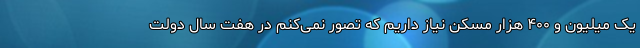
یک میلیون و ۴۰۰ هزار مسکن نیاز داریم که تصور نمی‌کنم در هفت سال دولت